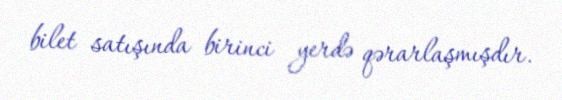
bilet satışında birinci yerdə qərarlaşmışdır.